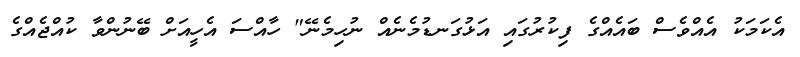
އެކަމަކު އެއްވެސް ބައެއްގެ ފިކުރުގައި އަޅުގަނޑުމެނެއް ނުހިމެނޭ" ހާއްސަ އެހީއަށް ބޭނުންވާ ކުއްޖެއްގެ